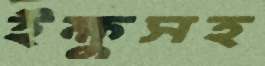
ইক্ষুসহ